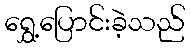
ရွှေ့ပြောင်းခဲ့သည်